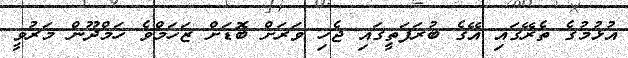
އުޅުމުގެ ތެރޭގައި އޭގެ ބުރަފަތީގައި ޖެހި ވަރަށް ބޮޑަށް ޒަހަމްވެ ހަމްދޫން މަރުވީ